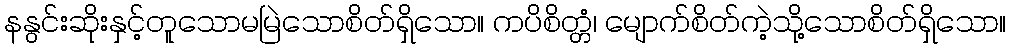
နနွင်းဆိုးနှင့်တူသောမမြဲသောစိတ်ရှိသော။ ကပိစိတ္တံ၊ မျောက်စိတ်ကဲ့သို့သောစိတ်ရှိသော။